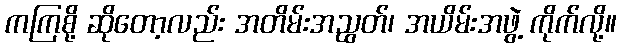
ကကြစို့ ဆိုတော့လည်း အတိမ်းအညွတ်၊ အယိမ်းအဖွဲ့ ကိုက်လို့။